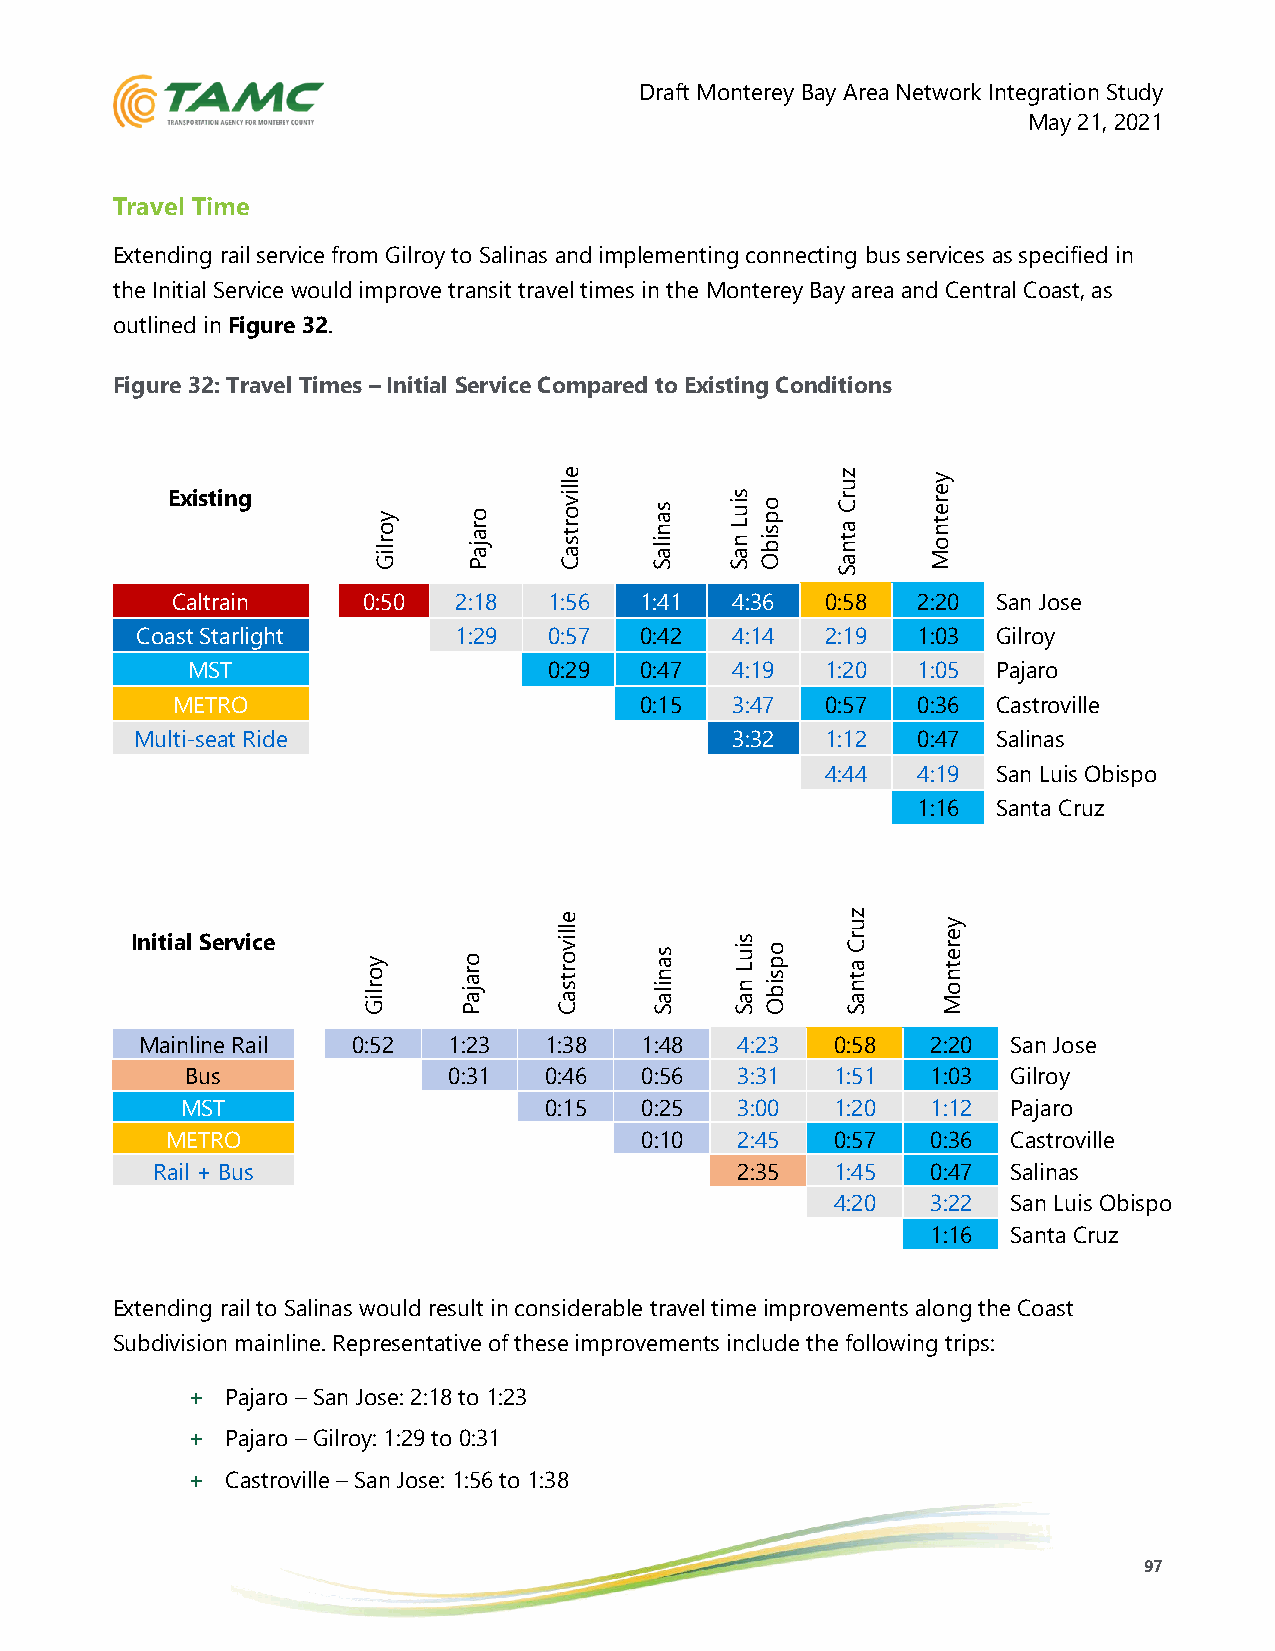
Draft Monterey Bay Area Network Integration Study
 May 21, 2021
 Travel Time
 Extending rail service from Gilroy to Salinas and implementing connecting bus services as specified in
 the Initial Service would improve transit travel times in the Monterey Bay area and Central Coast, as
 outlined in Figure 32.
 Figure 32: Travel Times – Initial Service Compared to Existing Conditions
 Existing      y o r liG o r a ja P e lliv so ar Ct s a n ila S s iu L n a S o p s ib O z u r C a t n a S y e r e t n o M
 Caltrain     0:50  2:18  1:56  1:41  4:36   0:58  2:20 San Jose
 Coast Starlight      1:29  0:57  0:42  4:14   2:19  1:03 Gilroy
 MST                     0:29  0:47  4:19   1:20  1:05 Pajaro
 METRO                          0:15  3:47   0:57  0:36 Castroville
 Multi-seat Ride                        3:32   1:12  0:47 Salinas
 4:44  4:19 San Luis Obispo
 1:16 Santa Cruz
 Initial Service y o r liG o r a ja P
 e
 lliv o r t s a C s a n ila S s iu L n a S o p s ib O
 z
 u r C a t n a S y e r e t n o M
 Mainline Rail 0:52   1:23  1:38  1:48   4:23  0:58   2:20 San Jose
 Bus               0:31  0:46  0:56   3:31  1:51   1:03 Gilroy
 MST                     0:15  0:25   3:00  1:20   1:12 Pajaro
 METRO                          0:10   2:45  0:57   0:36 Castroville
 Rail + Bus                             2:35  1:45   0:47 Salinas
 4:20   3:22 San Luis Obispo
 1:16 Santa Cruz
 Extending rail to Salinas would result in considerable travel time improvements along the Coast
 Subdivision mainline. Representative of these improvements include the following trips:
 +  Pajaro – San Jose: 2:18 to 1:23
 +  Pajaro – Gilroy: 1:29 to 0:31
 +  Castroville – San Jose: 1:56 to 1:38
 97